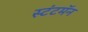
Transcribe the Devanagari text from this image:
स्टंटमॅन